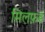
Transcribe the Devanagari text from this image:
मिलफ़र्ड